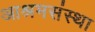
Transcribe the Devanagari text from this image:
आश्रमसंस्था